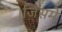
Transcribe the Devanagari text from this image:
।जिसमे